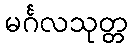
မင်္ဂလသုတ္တ